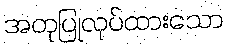
အတုပြုလုပ်ထားသော